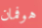
هوفمان